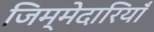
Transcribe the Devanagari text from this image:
जिम्मेदारियॉं